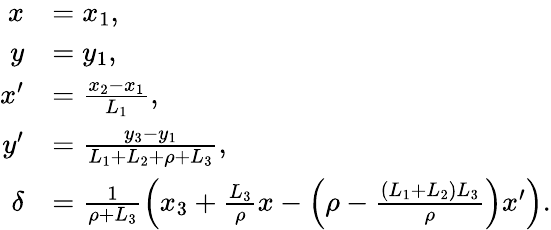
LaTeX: \begin{array}{rl}{x}&{=x_{1},}\\ {y}&{=y_{1},}\\ {x^{\prime}}&{=\frac{x_{2}-x_{1}}{L_{1}},}\\ {y^{\prime}}&{=\frac{y_{3}-y_{1}}{L_{1}+L_{2}+\rho+L_{3}},}\\ {\delta}&{=\frac{1}{\rho+L_{3}}\left(x_{3}+\frac{L_{3}}{\rho}x-\left({\rho-\frac{(L_{1}+L_{2})L_{3}}{\rho}}\right)x^{\prime}\right).}\end{array}